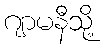
ဂျာမနီသို့